Vabadussoja_Ajaloo_Komitee, lk 11
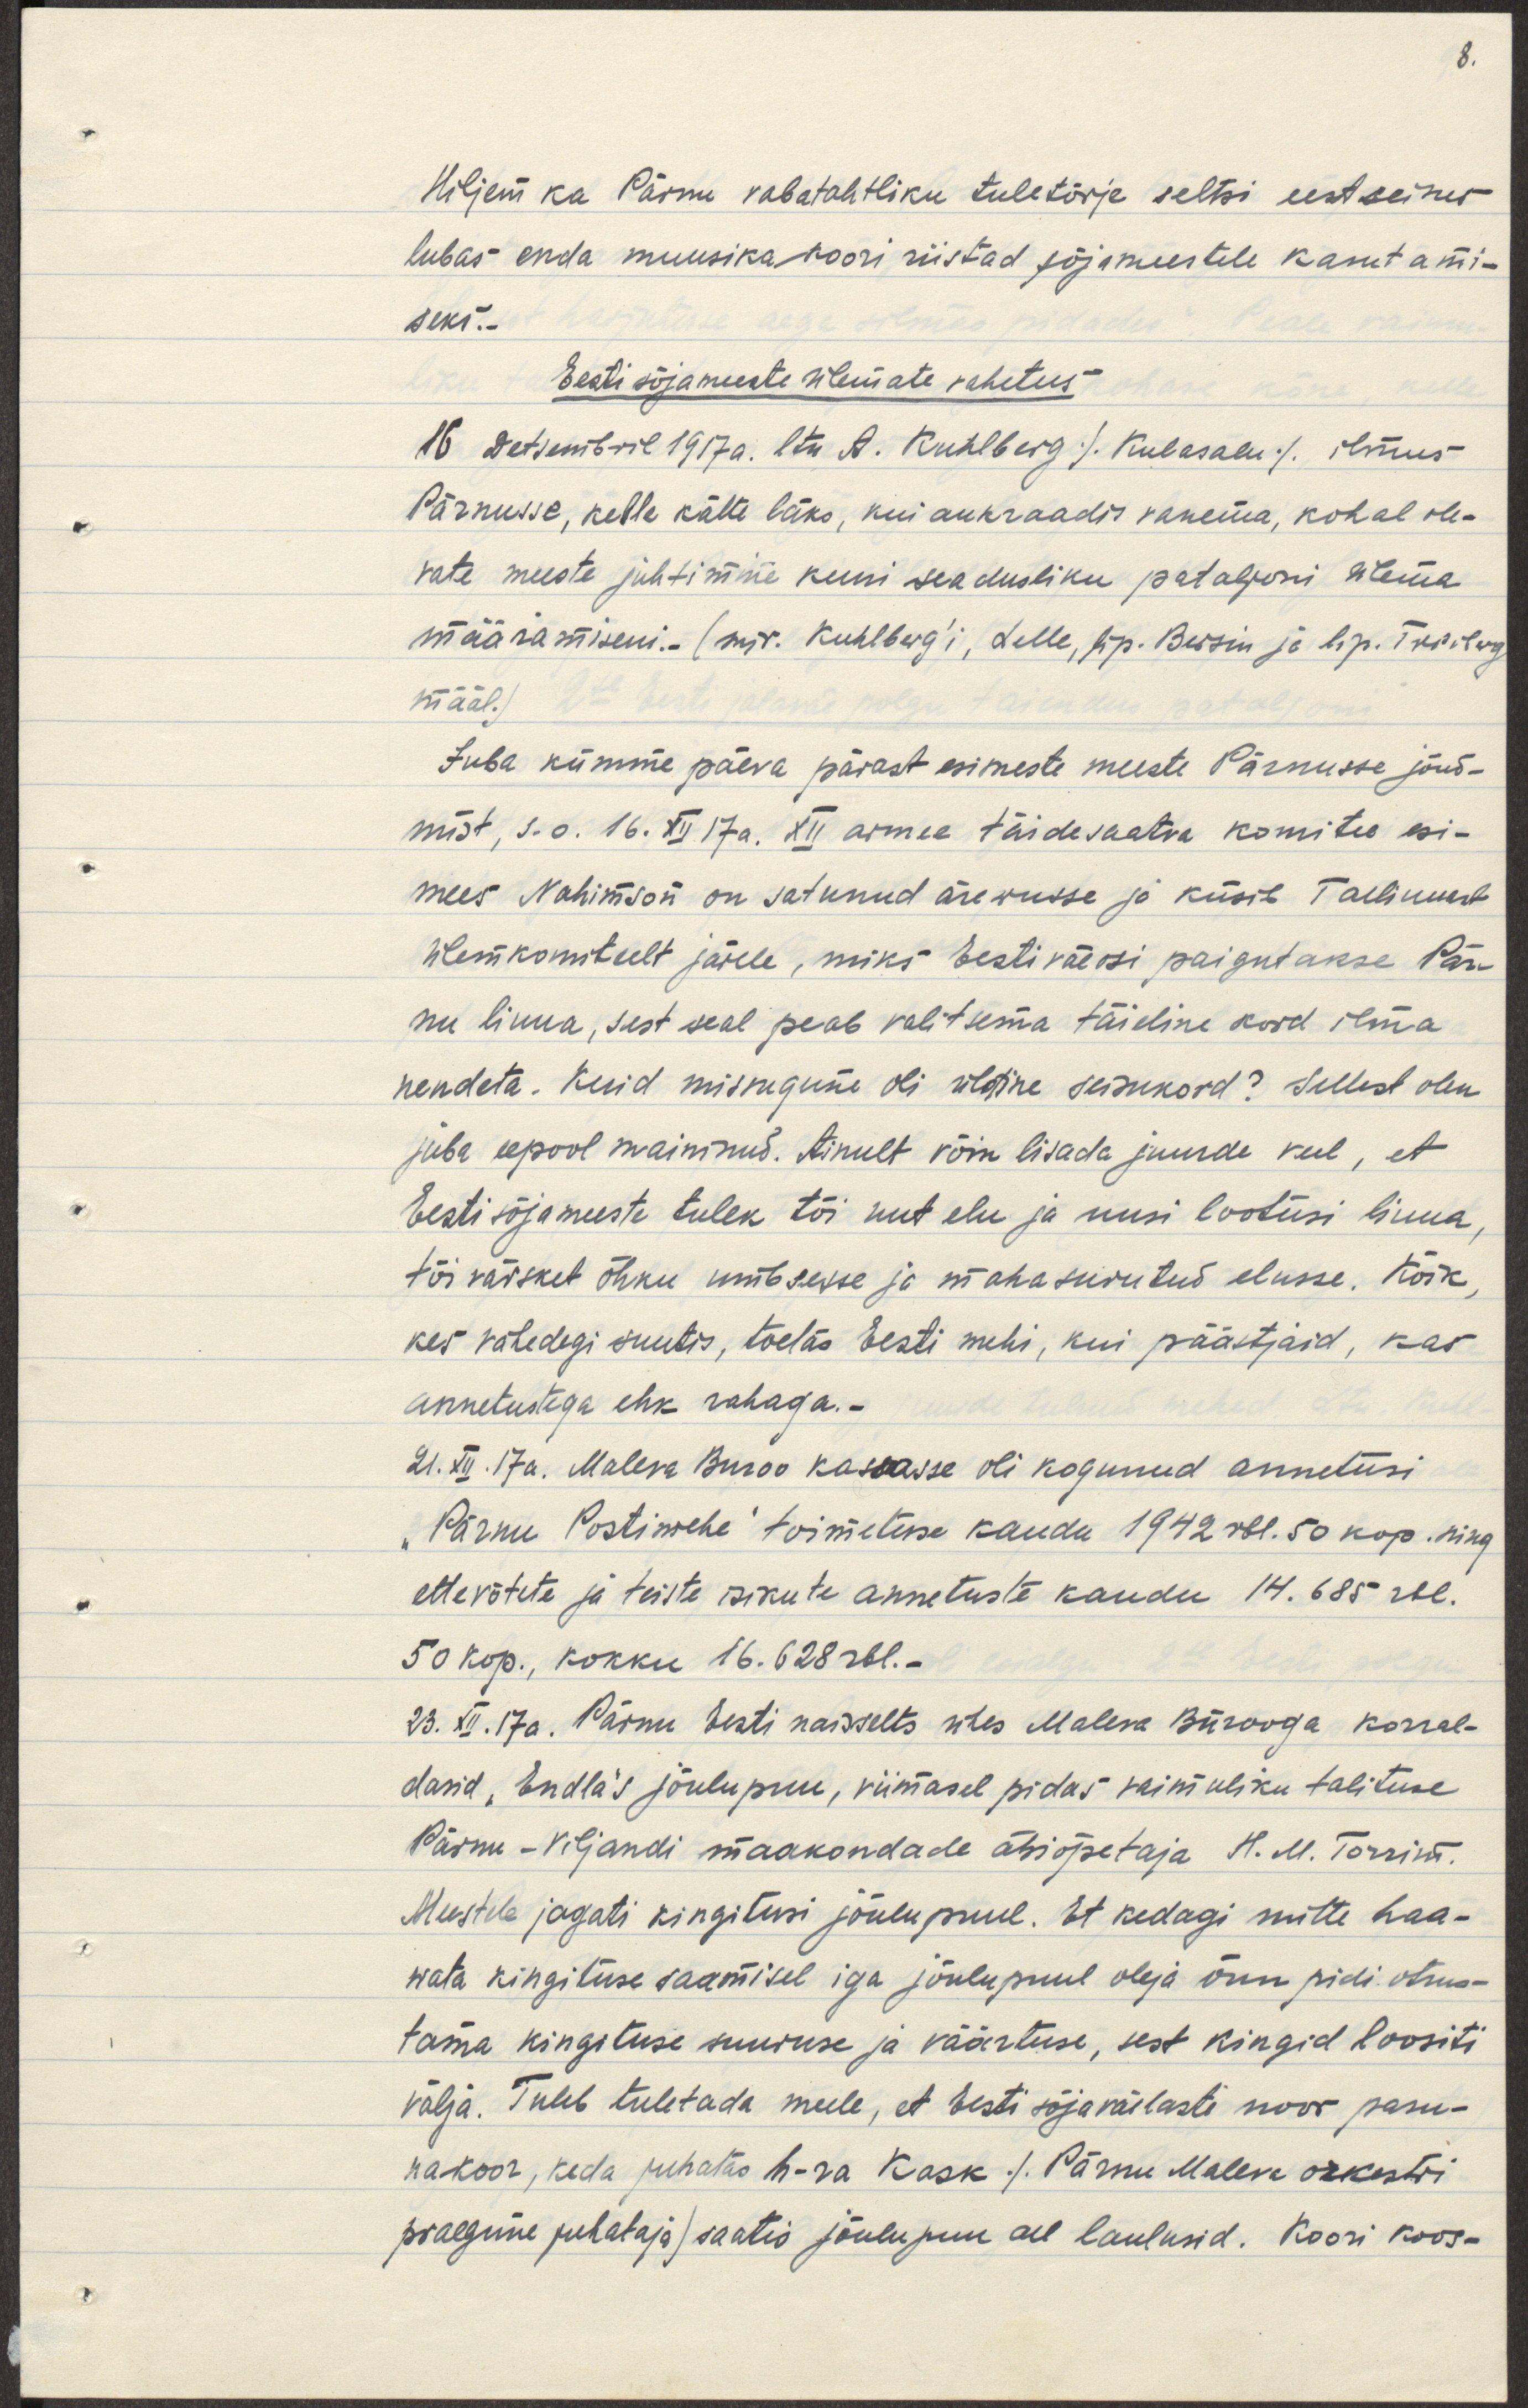
Hiljem ka Pärnu vabatahtliku tuletõrje seltsi eestseisus
lubas enda muusukakoori riistad sõjameestele kasutami-
seks.
Eesti sõjameeste ülemate vahetus
16. detsembril 1917a. ltn A. Kuhlberg /Kubasalu/ ilmus
Pärnusse, kelle kätte läks, kui aukraadis vanema, kohal ole-
vate meeste juhtimine kuni seadusliku pataljoni ülema
määramiseni. (mjr. Kuhlberg'i, Lelle, lip. Bersin ja lip. Treiberg
määl.)
Juba kümme päeva pärast esimeste meeste Pärnusse jõud-
mist, s. o. 16. XII 17a. XII armee täidesaatva komitee esi-
mees Nahimson on satunud ärewusse ja küsib Tallinnast
ülemkomiteelt järele, miks Eesti väeosi paigutatakse Pär-
nu linna, sest seal peab valitsema täieline kord ilma
nendeta. Kuid missugune oli üldine seisukord? Sellest olen
juba eelpool maininud. Ainult võin lisada juurde veel, et
Eesti sõjameeste tulek tõi uut elu ja uusi lootusi linna,
tõi värsket õhku umbsesse ja mahasurutud elusse. Kõik
kes vahedegi suutis, toetas Eesti mehi, kui päästjaid, kas
annetustega ehk rahaga.-
21. XII. 17a. Maleva Buroo kassasse oli kogunenud annetusi
"Pärnu Postimehe toimetuse kaudu 1942 rbl. 50 kop. ning
ettevõtete ja teiste isikute annetuste kaudu 14. 685 rbl.
50 kop., kokku 16. 628 rbl.-
23. XII. 17a. Pärnu Eesti naisselts ühes Maleva Bürooga korral-
dasid, Endla's jõulupuu, viimasel pidas vaimuliku talituse
Pärnu-Viljandi maakondade abiõpetaja H. M. Torrins.
Meestele jagati kingitusi jõulupuul. Et kedagi mitte haa-
wata kingituse saamisel iga jõulupuul oleja õnn pidi otsus-
tama kingituse suuruse ja väärtuse, sest kingid loositi
välja. Tuleb tuletada meelde, et Eesti sõjaväelaste suur pasu-
nakoor, keda juhatas h-ra Kask /Pärnu Maleva orkestri
praegune juhataja) saatis jõulupuu all laulusid. Koori koos-